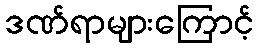
ဒဏ်ရာများကြောင့်